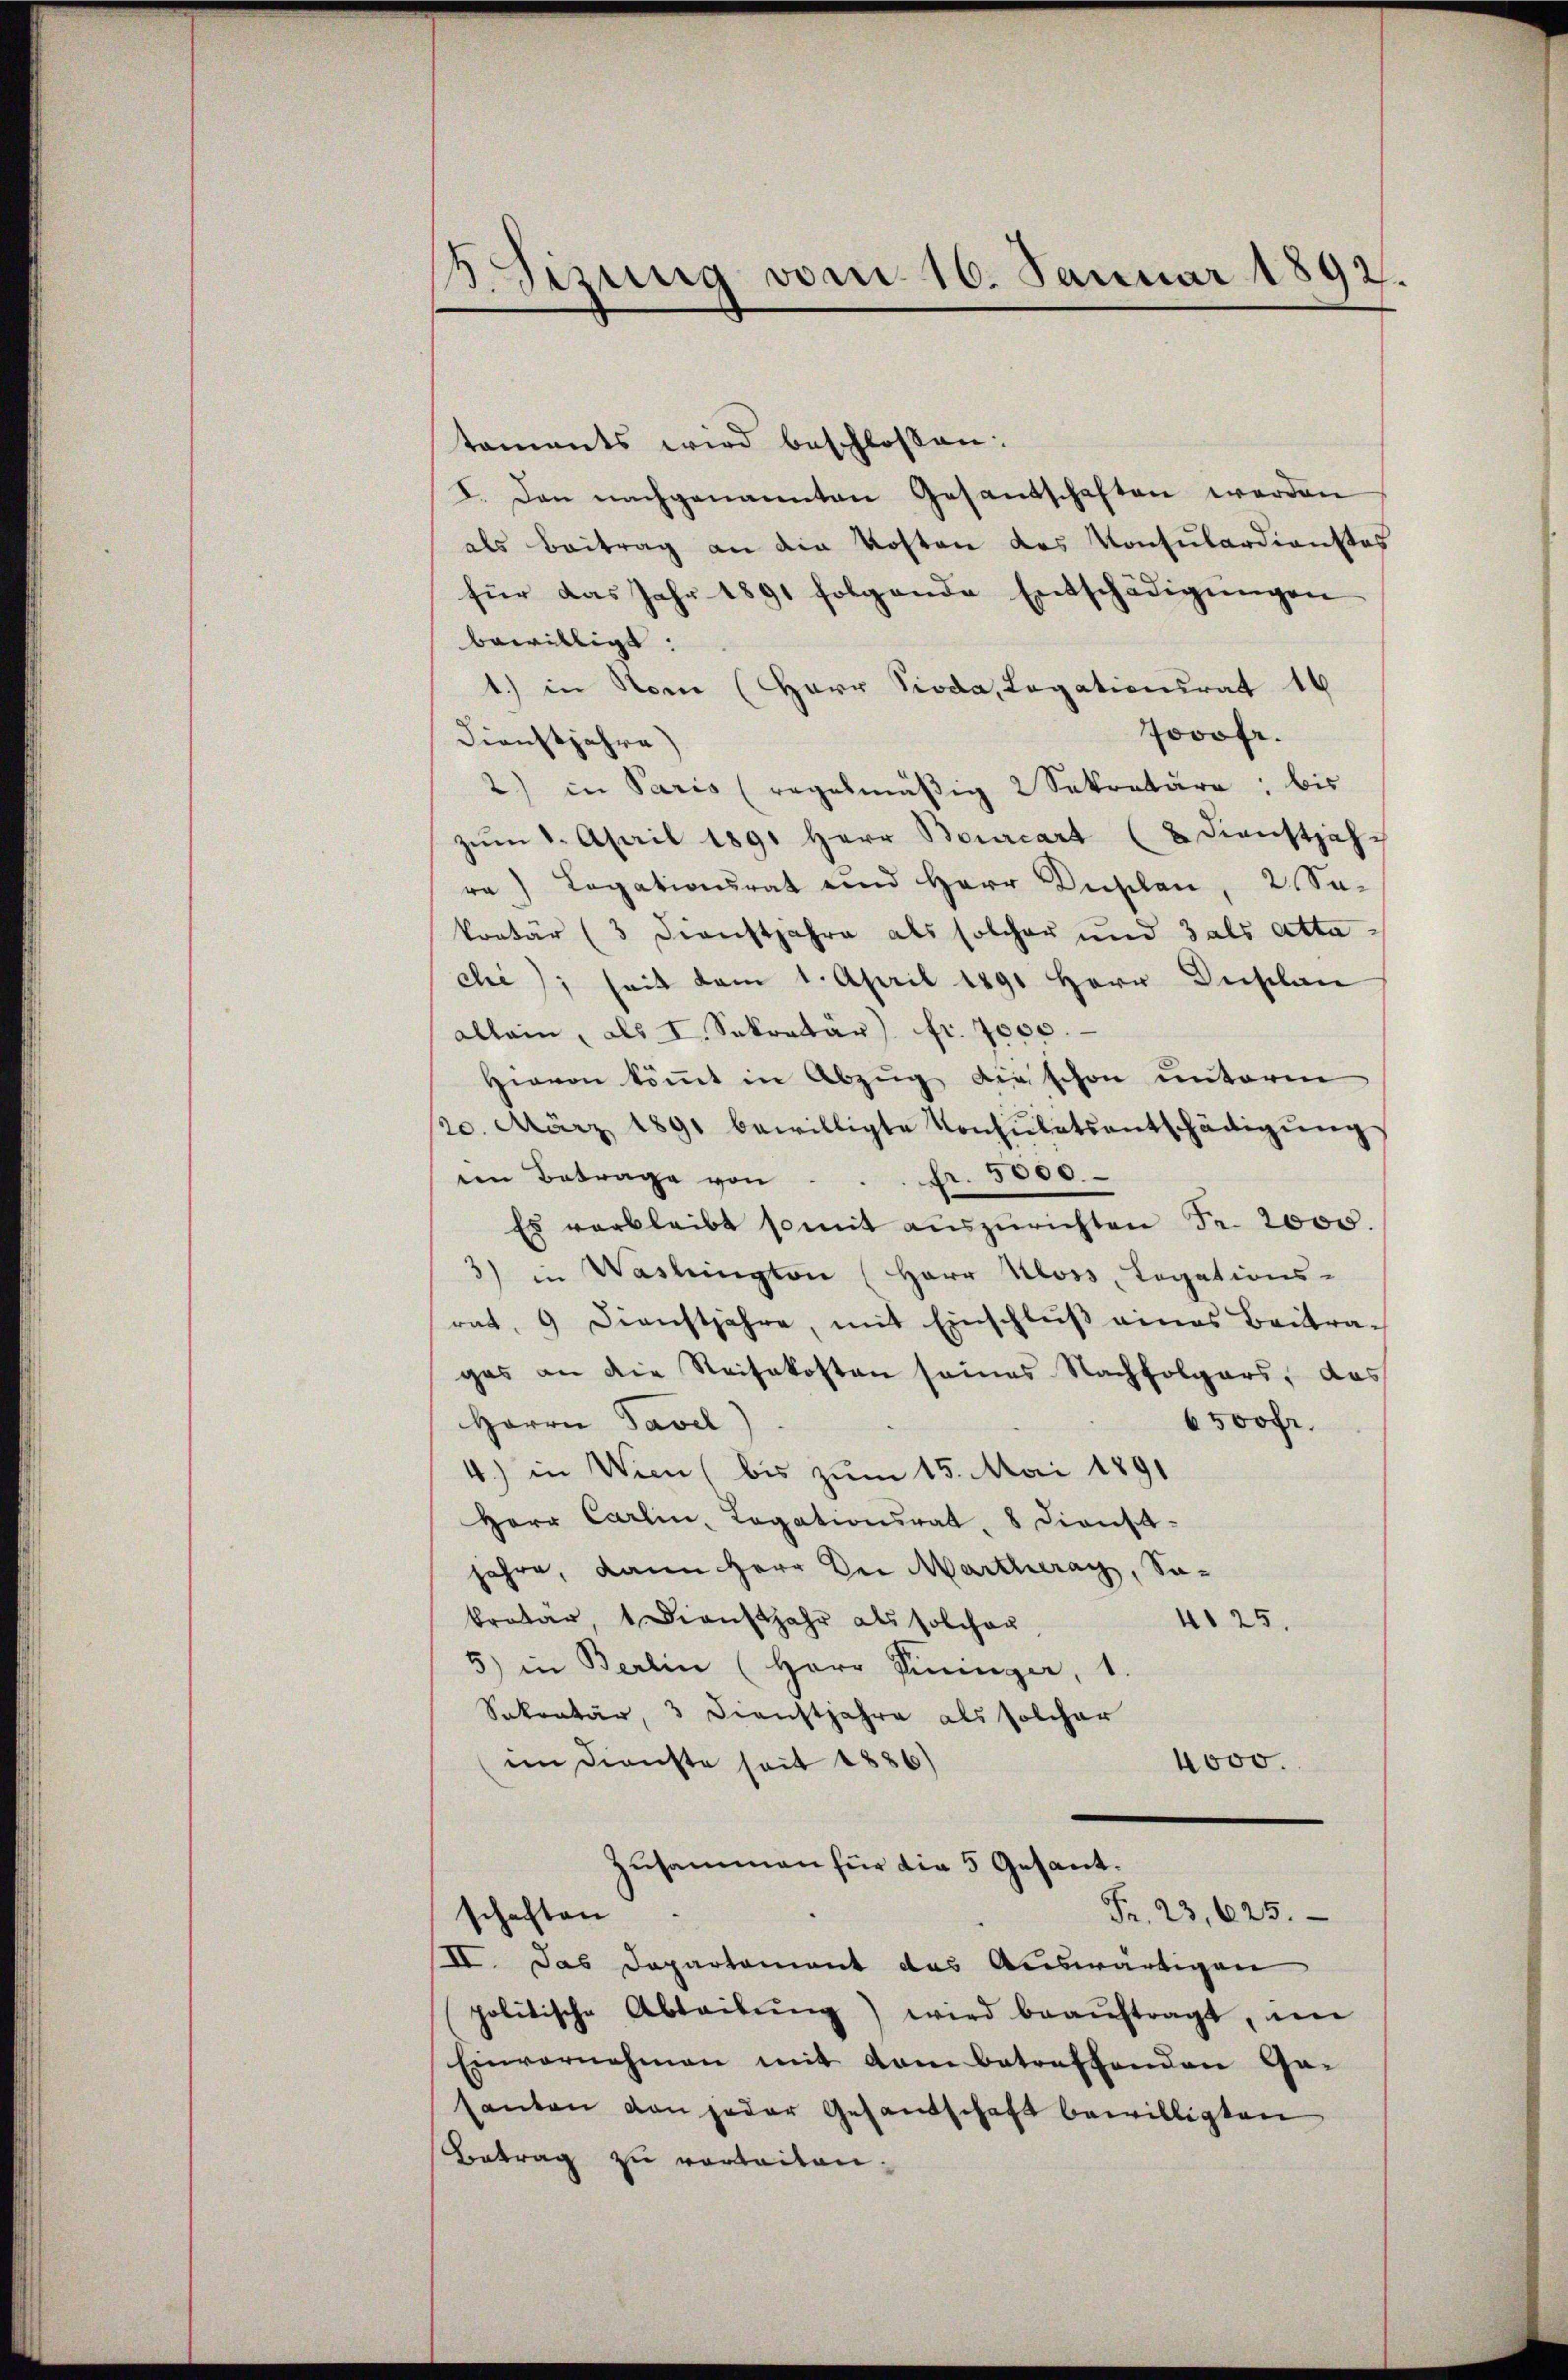
. Sirung vom 16. Januar 1892.

taments wird beschlossen:
I. Den nachgenannten Gesantschaften werden
als Beitrag an die Kosten das Konsulardienstos
für das Jahr 1891 folgende Entschädigŭngen
bewilligt:
1.) in Non (Herr Pioda, Legationsrat 16
Jovofr.
Dienstjahre)
2) in Paris (regelmäβig 2 Sekretäre; bis
zŭm 1. April 1891 Herr Bourcart (8 Dienstjahr
ra) Legationsrat und Herr Duplan, 2. Sa-
kretär (3 Dienstjahre als solcher und 3 als atta-
chi); seit vom 1. April 1891 Herr Duplan
allein, als I. Sekretär fr. 7000.
Hievon koṁt in Abzug die schon unterm
20. März 1891 bewilligte Konsulatsentschädigŭng.
en Betrage von Fr. 5000.
Es verbleibt somit aŭszŭrichten Fr. 2000.
3) in Waslington (Herr Kloss, Legations-
rat, 9 Dienstjahre, mit Einschlŭβ eines Beitragas an die Reisekosten seines Nachfolgers, das
Herrn Savel
6500 fr.
4.) in Wien, bis zum 15. Mai 1891
Herr Carlin, Legationsrat, 8 dienst-
jahre, dann Herr Der Martheray, Sa-
kretär, 1 Dienstjahr als solcher
425.
5) in Berlin (Herr Pininger, 1.
Sekretär, 3 Dienstjahre als solcher
im Dienste seit 1886)
4000.
Zusammen für die 5 Gesant.
schaften
Fr. 23, 625.
II. Das Departement das Auswärtigen
politische Abteilŭng) wird beaŭftragt, im
Einvernehmen mit dem betreffenden Ga-
santen von jeder Gesandschaft bewilligten
Betrag zu vorbeiten.